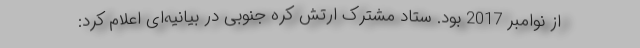
از نوامبر 2017 بود. ستاد مشترک ارتش کره جنوبی در بیانیه‌ای اعلام کرد: